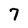
Character: 7